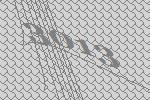
3013